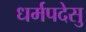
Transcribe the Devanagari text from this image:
धर्मपदेसु